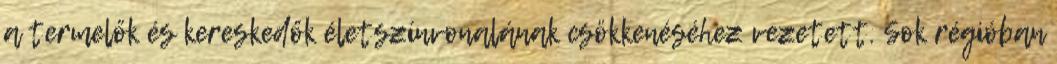
a termelők és kereskedők életszínvonalának csökkenéséhez vezetett. Sok régióban